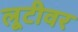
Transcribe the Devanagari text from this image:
लूटीवर